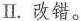
Ⅱ.改错。